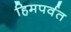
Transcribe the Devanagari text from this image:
हिमपर्वत